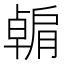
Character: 𫆶